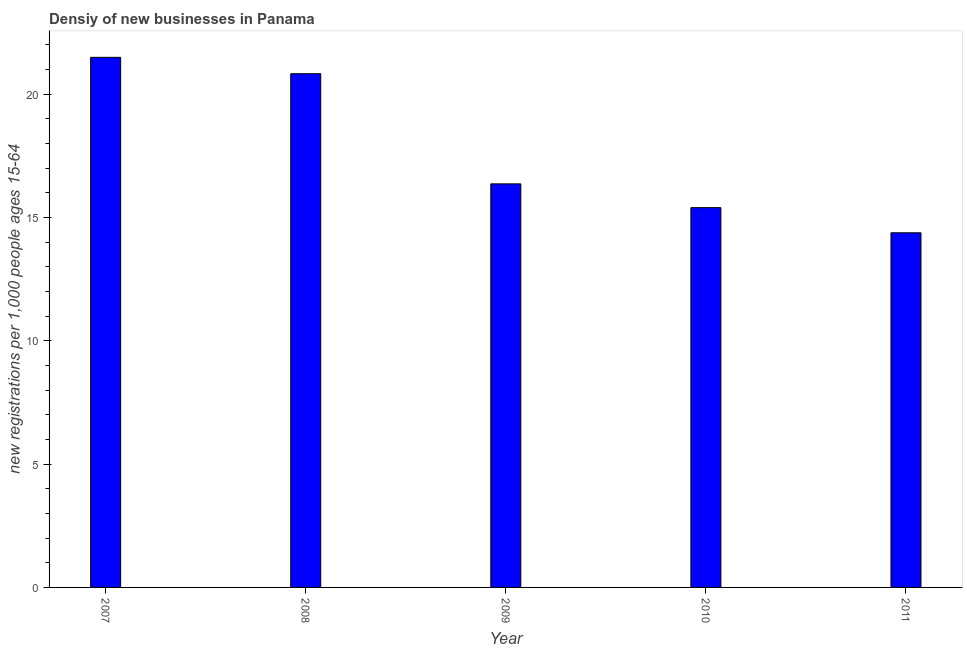
| Year | New business density |
 | --- | --- |
 | 2007 | 21.5 |
 | 2008 | 20.8 |
 | 2009 | 16.4 |
 | 2010 | 15.4 |
 | 2011 | 14.4 |